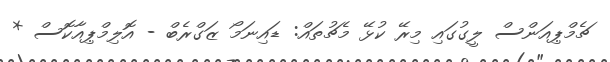
ޗެމްޕިއަންސް ލީގުގައި މިރޭ ކުޅޭ މެޗުތައް: ޑައިނަމޯ ޒަގްރެބް - އޮލިމްޕިއާކޮސް *